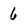
Character: 6